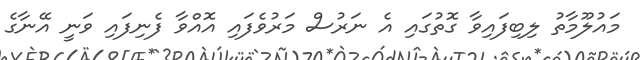
މައުލޫމާތު ލިބިފައިވާ ގޮތުގައި އެ ނަރުސް މަރުވެފައި އޮއްވާ ފެނިފައި ވަނީ އޭނާގެ